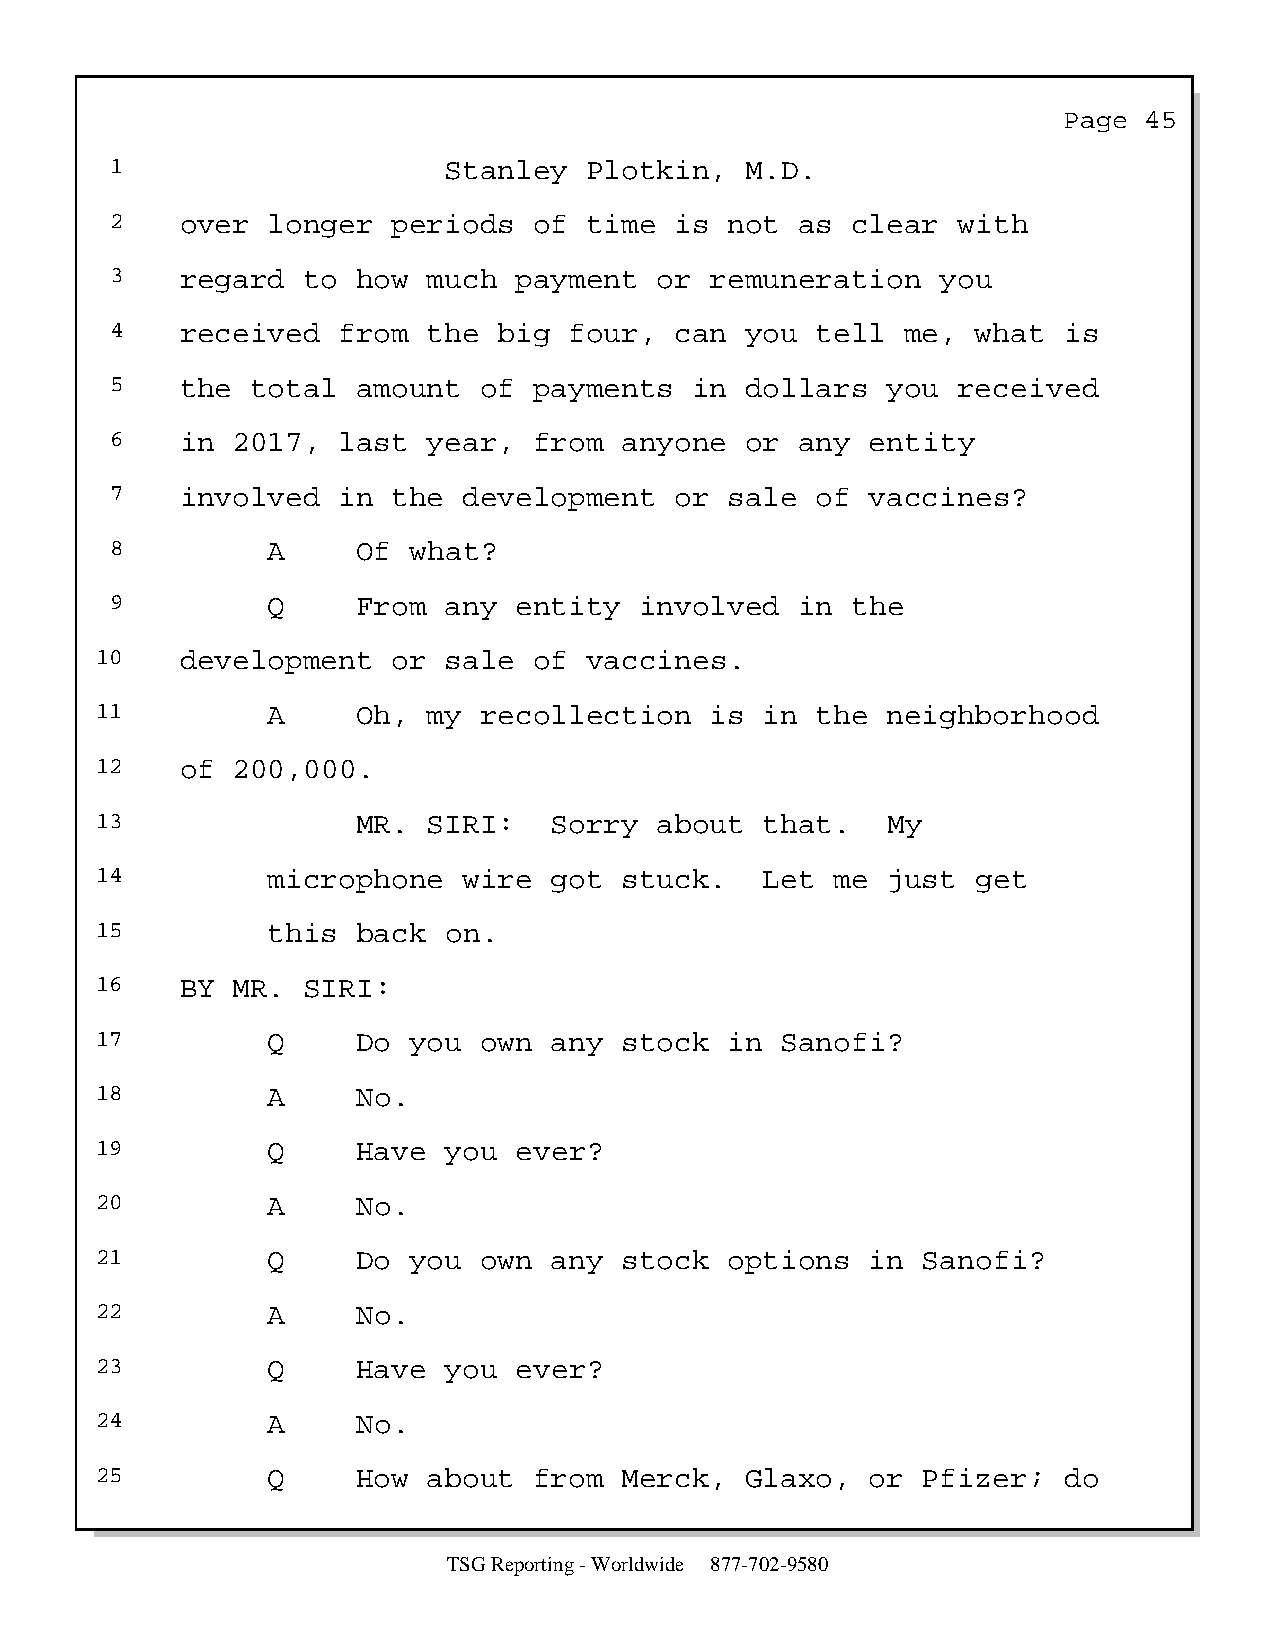
Page  45
 1                     Stanley   Plotkin,  M.D.
 2    over  longer  periods  of  time  is not  as clear  with
 3    regard  to  how much  payment   or remuneration   you
 4    received  from  the  big  four,  can you  tell  me,  what is
 5    the  total  amount  of payments   in dollars   you received
 6    in 2017,  last  year,  from  anyone  or  any  entity
 7    involved  in  the  development   or sale  of  vaccines?
 8          A     Of what?
 9          Q     From any  entity  involved   in the
 10    development   or sale  of  vaccines.
 11          A     Oh, my  recollection   is  in the  neighborhood
 12    of 200,000.
 13                MR. SIRI:   Sorry   about  that.   My
 14          microphone   wire got  stuck.    Let me  just  get
 15          this  back on.
 16    BY MR.  SIRI:
 17          Q     Do you  own any  stock  in  Sanofi?
 18          A     No.
 19          Q     Have you  ever?
 20          A     No.
 21          Q     Do you  own any  stock  options   in Sanofi?
 22          A     No.
 23          Q     Have you  ever?
 24          A     No.
 25          Q     How about  from  Merck,  Glaxo,   or Pfizer;  do
 TSG Reporting - Worldwide 877-702-9580